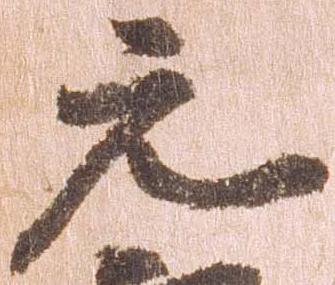
元